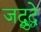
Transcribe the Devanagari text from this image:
जद्बुद्धे